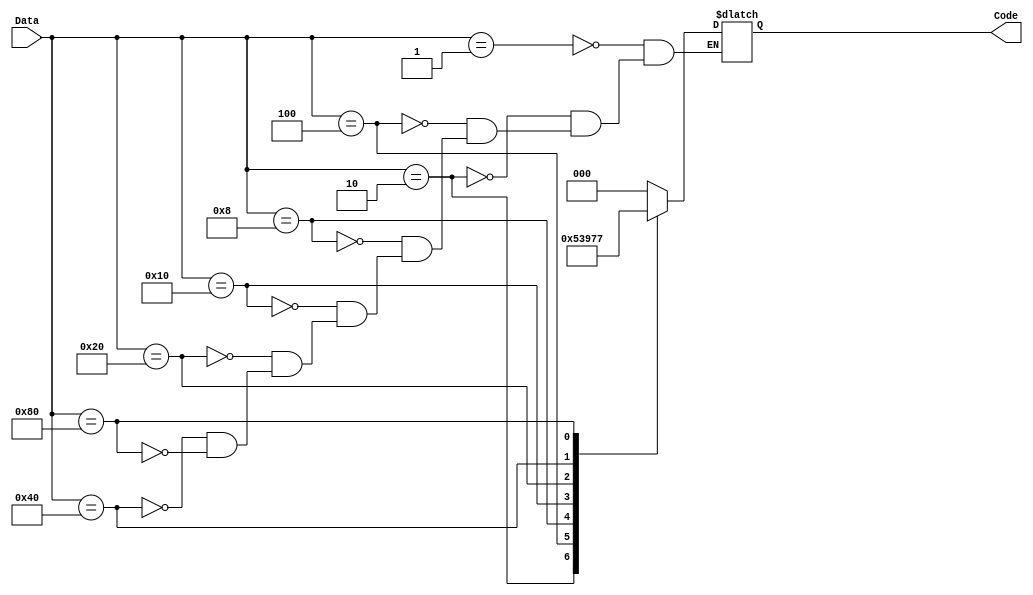
module encoder_case(Code, Data);
input [7:0] Data;
output [2:0] Code;
reg [2:0] Code;

always @ *
case (Data)
8'b0000_0001 : Code = 0;
8'b0000_0010 : Code = 1;
8'b0000_0100 : Code = 2;
8'b0000_1000 : Code = 3;
8'b0001_0000 : Code = 4;
8'b0010_0000 : Code = 5;
8'b0100_0000 : Code = 6;
8'b1000_0000 : Code = 7;
endcase

endmodule